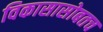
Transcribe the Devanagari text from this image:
विकासासोबतच